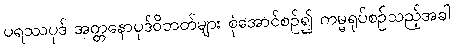
ပရဿပုဒ် အတ္တနောပုဒ်ဝိဘတ်များ စုံအောင်စဉ်၍ ကမ္မရုပ်စဉ်သည့်အခါ